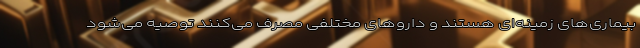
بیماری‌های زمینه‌ای هستند و داروهای مختلفی مصرف می‌کنند توصیه می‌شود